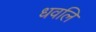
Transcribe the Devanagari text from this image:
धवलि